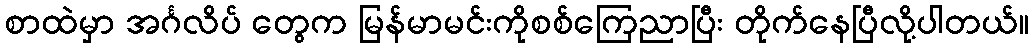
စာထဲမှာ အင်္ဂလိပ် တွေက မြန်မာမင်းကိုစစ်ကြေညာပြီး တိုက်နေပြီလို့ပါတယ်။